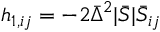
h _ { 1 , i j } = - 2 \bar { \Delta } ^ { 2 } | \bar { S } | \bar { S } _ { i j }